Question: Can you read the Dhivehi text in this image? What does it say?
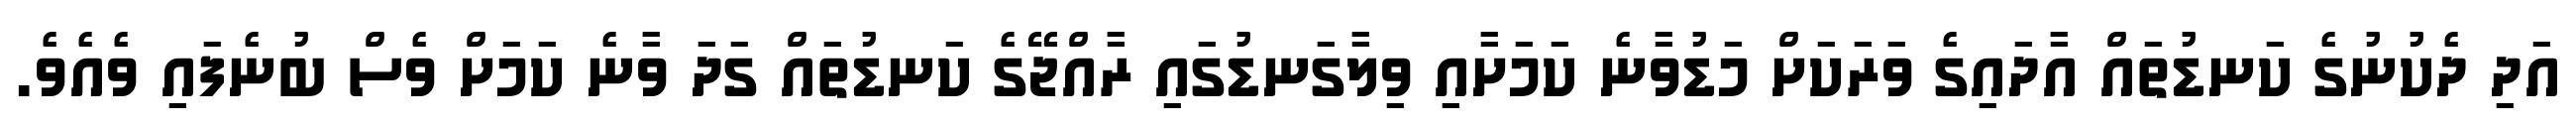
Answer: އަދި ދެކުނުގެ ކަނޑުތައް އާދައިގެ ވަރަކަށް މަޑުވާނެ ކަމަށާއި ވިލާގަނޑުގައި ރާއްޖޭގެ ކަނޑުތައް ގަދަ ވާނެ ކަމަށް ވެސް ބުނެފައި ވެއެވެ.